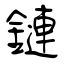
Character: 鏈